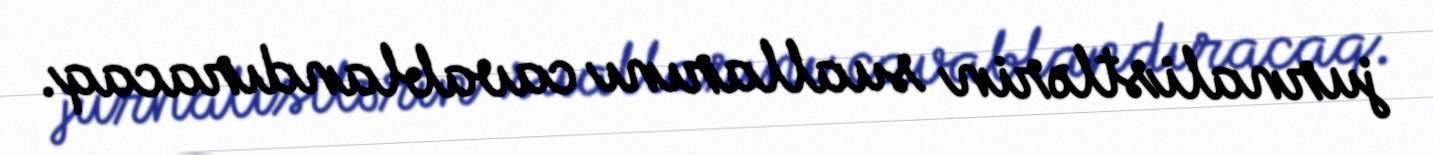
jurnalistlərin suallarını cavablandıracaq.